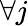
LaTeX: \forall j